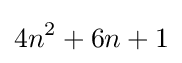
4n^{2}+6n+1